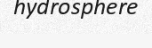
hydrosphere